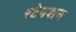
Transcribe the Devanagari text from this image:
स्‍टेपशन